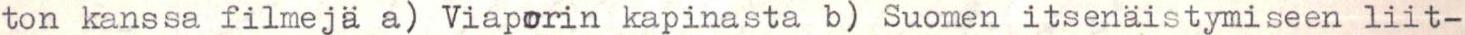
ton kanssa filmejä a) Viaporin kapinasta b) Suomen itsenäistymiseen liit-